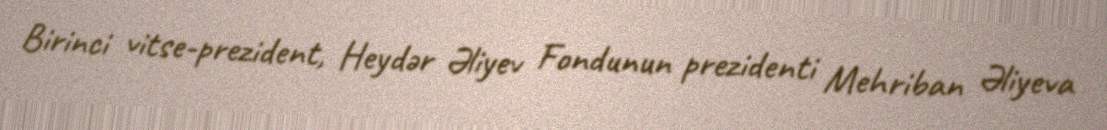
Birinci vitse-prezident, Heydər Əliyev Fondunun prezidenti Mehriban Əliyeva